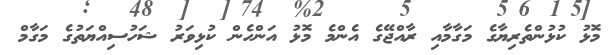
މޮޅު ކުޅުންތެރިޔާގެ މަގާމާއި ރާއްޖޭގެ އެންމެ މޮޅު އަންހެން ކުޅިވަރު ޝަހުސިއްޔަތުގެ މަގާމް